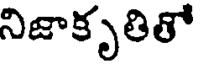
నిజాకృతితో